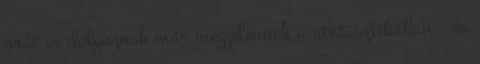
órát is dolgoznak már megjelennek a statisztikában , és